Civil Veterinary Dept. Assam report 1927-50 - 1927-1950
Year: 1927
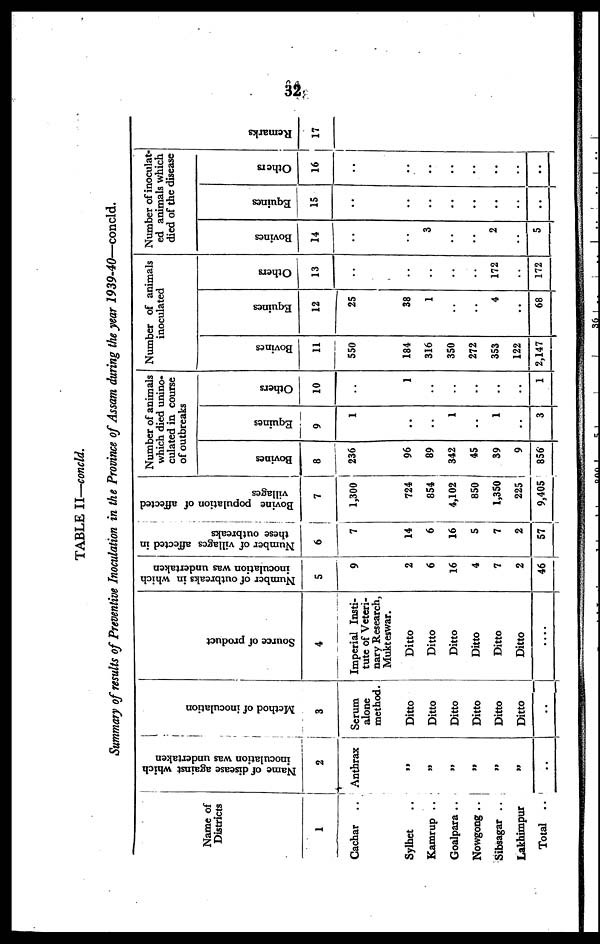
32
TABLE II—concld.
Summary of results of Preventive Inoculation in the Province of Assam during the year 1939-40—concld.
Name of
Districts
1
Cachar ..
Sylhet ..
Kamrup ..
Goalpara ..
Nowgong ..
Sibsagar ..
Lakhimpur
Total ..
Name of disease against which
inoculation was undertaken
2
Anthrax
„
„
„
„
„
„
..
Method of inoculation
3
Serum
alone
method.
Ditto
Ditto
Ditto
Ditto
Ditto
Ditto
..
Source of product
4
Imperial Insti-
tute of Veteri-
nary Research,
Mukteswar.
Ditto
Ditto
Ditto
Ditto
Ditto
Ditto
....
Number of outbreaks in which
inoculation was undertaken
5
9
2
6
16
4
7
2
46
Number of villages affected in
these outbreaks
6
7
14
6
16
5
7
2
57
Bovine population of affected
villages
7
1,300
724
854
4,102
850
1,350
225
9,405
Number of animals
which died unino-
culated in course
of outbreaks
Bovines
8
236
96
89
342
45
39
9
856
Equines
9
1
..
..
1
..
1
..
3
Others
10
..
1
..
..
..
..
..
1
Number of animals
inoculated
Bovines
11
550
184
316
350
272
353
122
2,147
Equines
12
25
38
1
..
..
4
..
68
Others
13
..
..
..
..
..
172
..
172
Number of inoculat-
ed animals which
died of the disease
Bovines
14
..
..
3
..
..
2
..
5
Equines
15
..
..
..
..
..
..
..
..
Others
16
..
..
..
..
..
..
..
..
Remarks
17